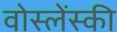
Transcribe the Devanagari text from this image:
वोस्लेंस्की